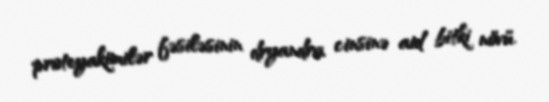
proteyakimilər fəsiləsinin dryandra cinsinə aid bitki növü.